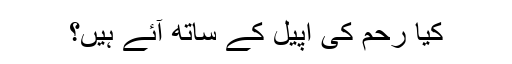
کیا رحم کی اپیل کے ساتھ آئے ہیں؟